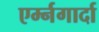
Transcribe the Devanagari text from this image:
एर्म्नगार्दा